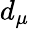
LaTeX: d_{\mu}